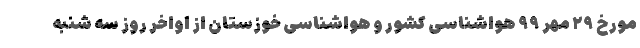
مورخ ۲۹ مهر ۹۹ هواشناسی کشور و هواشناسی خوزستان از اواخر روز سه شنبه